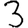
Digit: 3